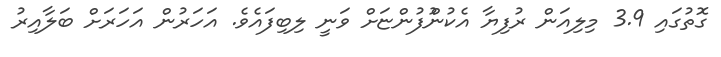
ގޮތުގައި 3.9 މިލިއަން ރުފިޔާ އެކުންުފުންޏަށް ވަނީ ލިބިފައެވެ. އަހަރުން އަހަރަށް ބަލާއިރު